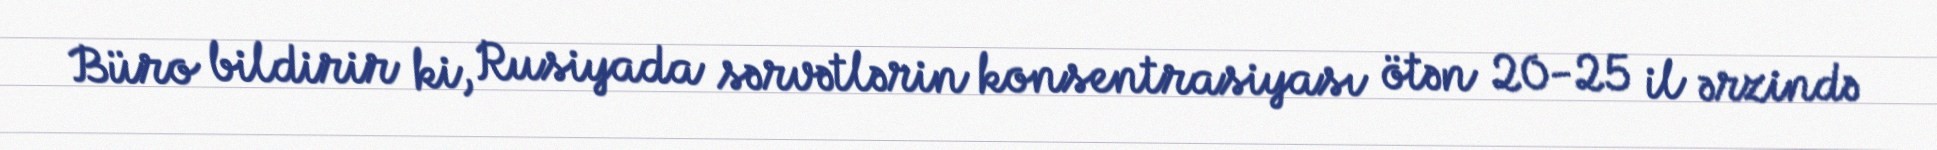
Büro bildirir ki, Rusiyada sərvətlərin konsentrasiyası ötən 20-25 il ərzində